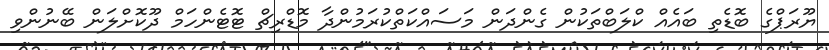
ޔޫރަޕްގެ ބޮޑެތި ބައެއް ކްލަބްތަކުން ގެންދަން މަސައްކަތްކުރަމުންދާ މޮޑްރިޗް ޓޮޓެންހަމް ދޫކޮށްލަން ބޭނުންވި